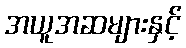
အယူအဆများနှင့်